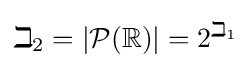
\beth _{2}=|{\mathcal {P}}(\mathbb {R} )|=2^{\beth _{1}}